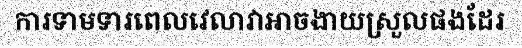
ការទាមទារពេលវេលាវាអាចងាយស្រួលផងដែរ